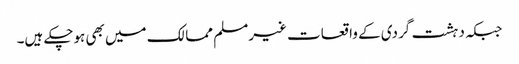
جبکہ دہشت گردی کے واقعات غیرمسلم ممالک میں بھی ہوچکے ہیں۔